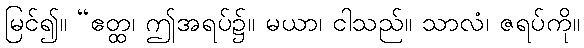
မြင်၍။ “ဧတ္ထ၊ ဤအရပ်၌။ မယာ၊ ငါသည်။ သာလံ၊ ဇရပ်ကို။